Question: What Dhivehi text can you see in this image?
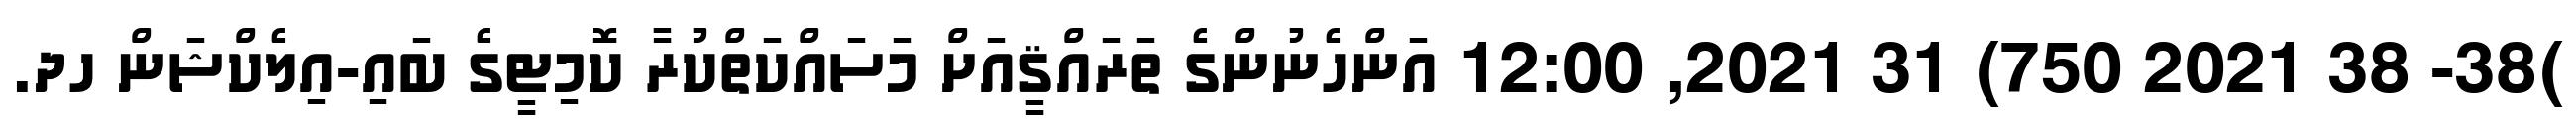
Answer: )38- 38 2021 750) 31 2021, 12:00 އަންހެނުންގެ ތަރައްޤީއަށް މަސައްކަތްކުރާ ކޮމިޓީގެ ބައި-އިލެކްޝަން ހދ.